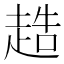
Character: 𧻰